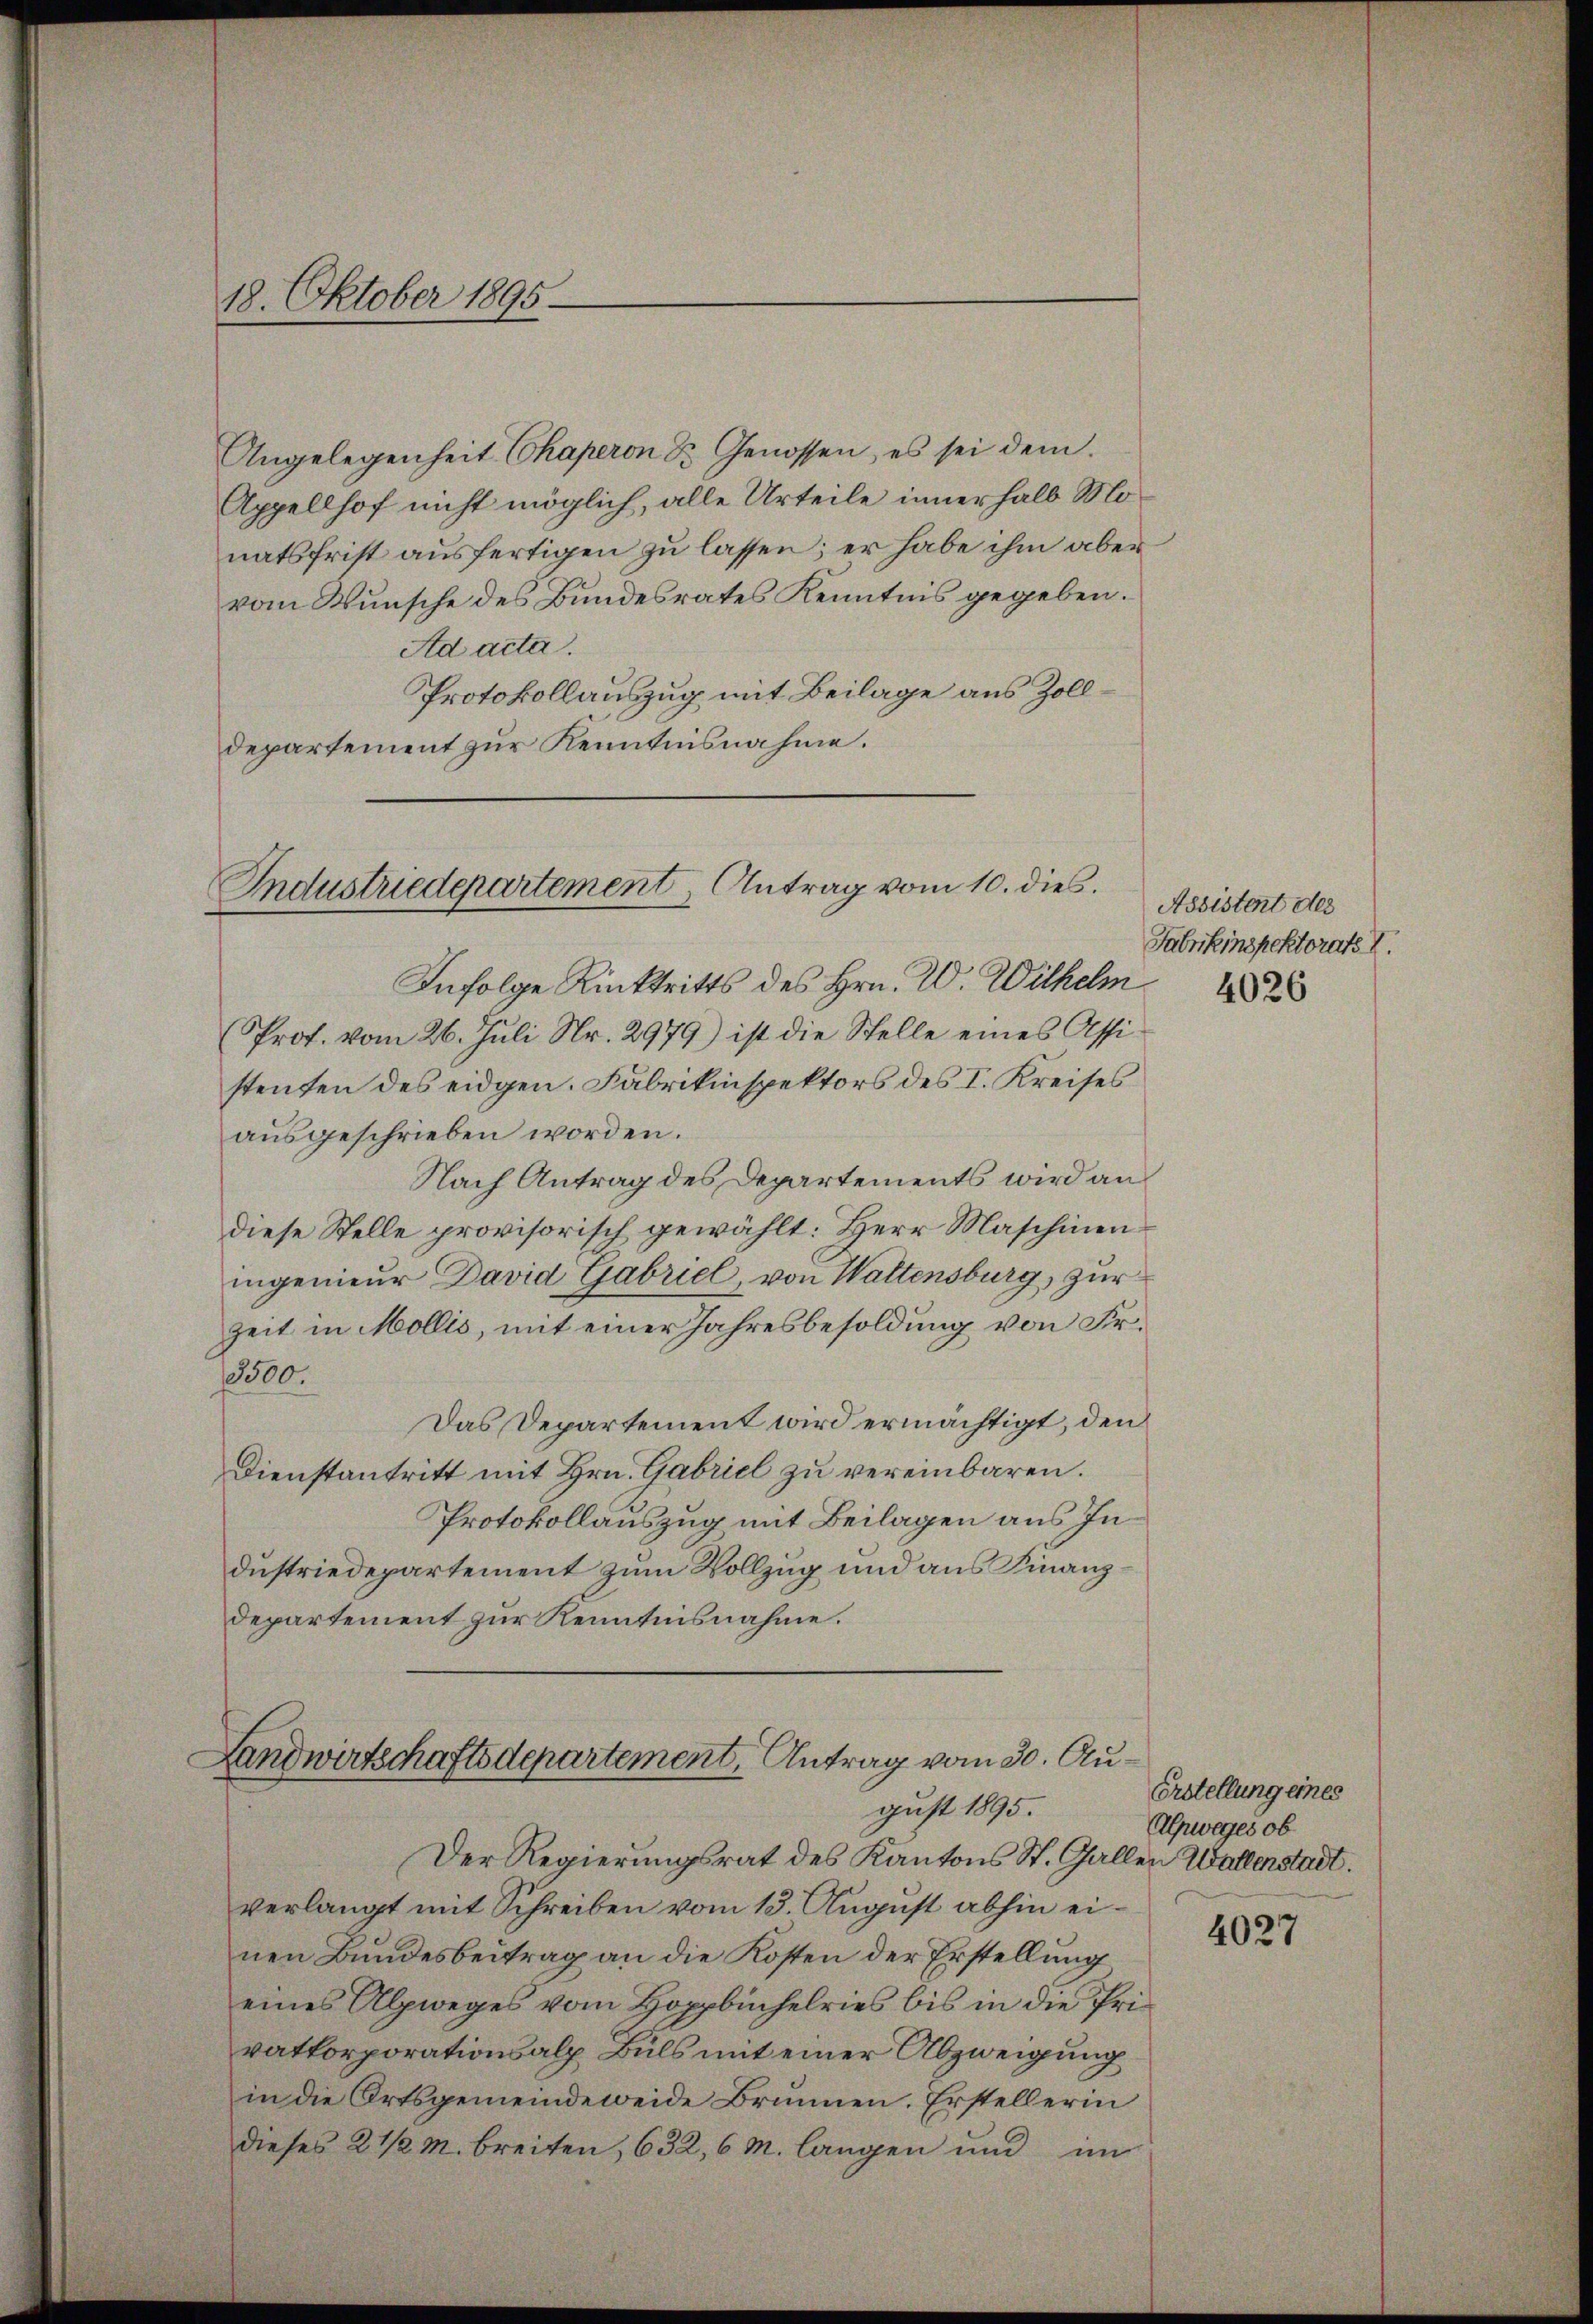
18. Oktober 1895

Angelegenheit Chaperon St. Genossen, es sei dem
Appellhof nicht möglich, alle Urteile innerhalb Monatsfrist ausfertigen zu lassen; er habe ihm aber
vom Wunsche des Bundesrates Kenntnis gegeben.
Ad acta.
Protokollauszug mit Beilage aus Zolldepartement zur Kenntnisnahme.

Industriedepartement, Antrag vom 10. dies.

Infolge Rücktritts des Hrn. W. Wilhelm
Prof. vom 26. Juli Nr. 2979) ist die Stelle eines Assistenten des eidgen. Fabrikinspektors des I. Kreises
ausgeschrieben worden.
Nach Antrag des Departements wird an
diese Stelle provisorisch gewählt: Herr Maschinen
ingenieur David Gabriel, von Wattensburg, zur
Zeit in Mollis, mit einer Jahresbesoldung von Fr.
13300.
Das Departement wird ermächtigt, den
Dienstantritt mit Hrn. Gabriel zu vereinbaren.
Protokollauszug mit Beilagen aus Industriedepartement zum Vollzug und aus Finanz
departement zur Kenntnisnahme.
Landwirtschaftsdepartement, Antrag vom 30. August 1895.
Der Regierungsrat des Kantons St. Gallen Wallerstadt.
verlangt mit Schreiben vom 13. August abhin einen Bundesbeitrag an die Kosten der Erstellung
eines Alpweges vom Hoppbüchelries bis in die Privatkorporationsalp. Buls mit einer Abzweigung
in die Ortsgemeindeweide Brunnen. Erstellerin
dieses 2 1/2 M. breiten, 632, 6 M. langen und im

Assistent des
Fabrikinspektorats V.
4026

Erstellung eines
Alpweges ob

4027